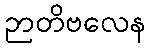
ဉာတိဗလေန